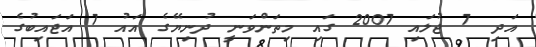
އަދި 7 ޖުލައި 2007 ގައި މިތަންވަނީ ދުނިޔޭގެ އައު 7 އަޖައިބުގެ